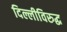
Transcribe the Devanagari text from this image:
दिल्लीविरुद्ध